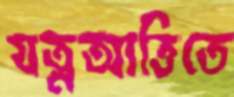
যত্নআত্তিতে